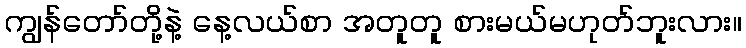
ကျွန်တော်တို့နဲ့ နေ့လယ်စာ အတူတူ စားမယ်မဟုတ်ဘူးလား။